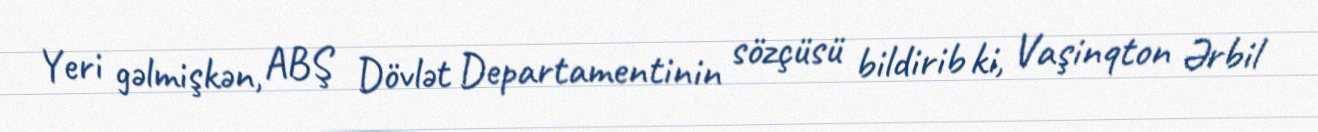
Yeri gəlmişkən, ABŞ Dövlət Departamentinin sözçüsü bildirib ki, Vaşinqton Ərbil